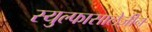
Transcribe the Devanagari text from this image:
स्युल्फासालेज़ीन